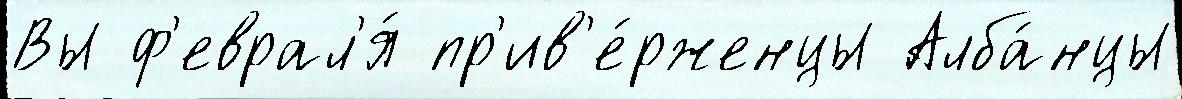
Вы ф'еврал'я́ пр'ив'е́рженцы Алба́нцы